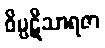
ဝိပ္ပဋိသာရဇာ